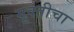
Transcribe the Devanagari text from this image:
मूक्तीचा